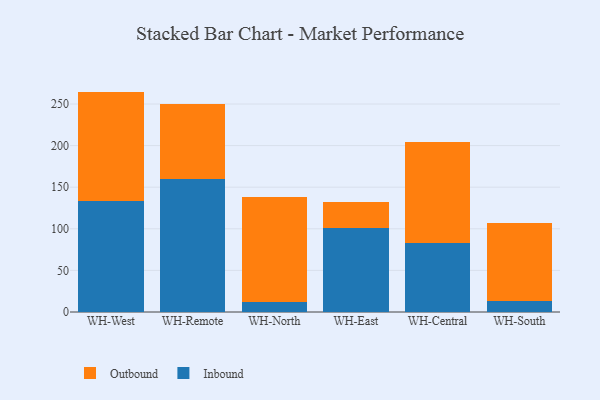
{"axis": {"x": "Warehouse", "y": "LTV (USD)"}, "legend": ["Inbound", "Outbound"], "data": [{"x": "WH-West", "y": 133.3, "type": "Inbound"}, {"x": "WH-West", "y": 131.6, "type": "Outbound"}, {"x": "WH-Remote", "y": 160.0, "type": "Inbound"}, {"x": "WH-Remote", "y": 89.7, "type": "Outbound"}, {"x": "WH-North", "y": 11.7, "type": "Inbound"}, {"x": "WH-North", "y": 126.6, "type": "Outbound"}, {"x": "WH-East", "y": 100.4, "type": "Inbound"}, {"x": "WH-East", "y": 31.3, "type": "Outbound"}, {"x": "WH-Central", "y": 82.8, "type": "Inbound"}, {"x": "WH-Central", "y": 121.9, "type": "Outbound"}, {"x": "WH-South", "y": 13.3, "type": "Inbound"}, {"x": "WH-South", "y": 93.1, "type": "Outbound"}]}